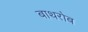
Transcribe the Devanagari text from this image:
बाथरोब